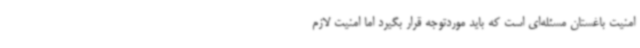
امنیت باغستان مسئله‌ای است که باید موردتوجه قرار بگیرد اما امنیت لازم